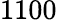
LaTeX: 1100